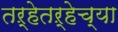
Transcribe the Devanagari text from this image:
तऱ्हेतऱ्हेच्या